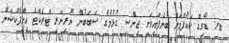
ޑރ. ޑޭވިޑް ކައުފްމަން ބުނެފައިވަނީ ޖިންސީ ގުޅުމުގެ ސަބަބުން ޔޫރިނަރީ ޓްރެކްޓް އިންފެކްޝަން